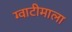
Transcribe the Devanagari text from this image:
ग्वाटीमाला